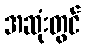
အဆုံးတွင်